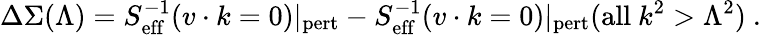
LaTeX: \Delta\Sigma(\Lambda)=S_{\mathrm{eff}}^{-1}(v\cdot k=0)|_{\mathrm{pert}}-S_{\mathrm{eff}}^{-1}(v\cdot k=0)|_{\mathrm{pert}}(\mathrm{all}~k^{2}>\Lambda^{2})\ .